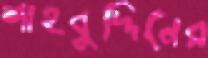
শাহবুদ্দিনের